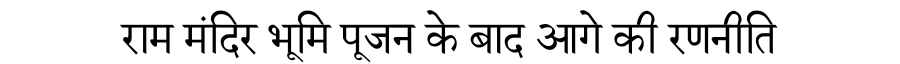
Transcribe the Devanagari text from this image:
राम मंदिर भूमि पूजन के बाद आगे की रणनीति